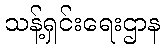
သန့်ရှင်းရေးဌာန